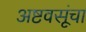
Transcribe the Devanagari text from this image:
अष्टवसूंचा